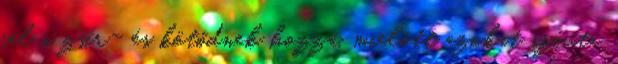
fel a zsír- és kötődnek hozzá, mielőtt azokat szívta